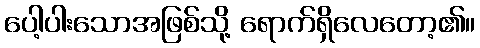
ပေါ့ပါးသောအဖြစ်သို့ ရောက်ရှိလေတော့၏။